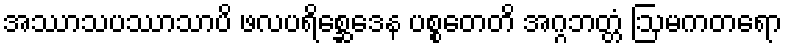
အဿာသပဿာသာပိ ဖလပရိစ္ဆေဒေန ပစ္စတေတိ အဂ္ဂဘတ္တံ ဩမကတရော